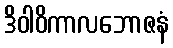
ဒိဝါဝိကာလဘောဇနံ